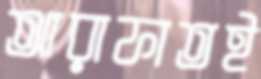
আরাফাতই